Vaccine operations Central Provinces 1868-1885 - 1868-1885
Year: 1868
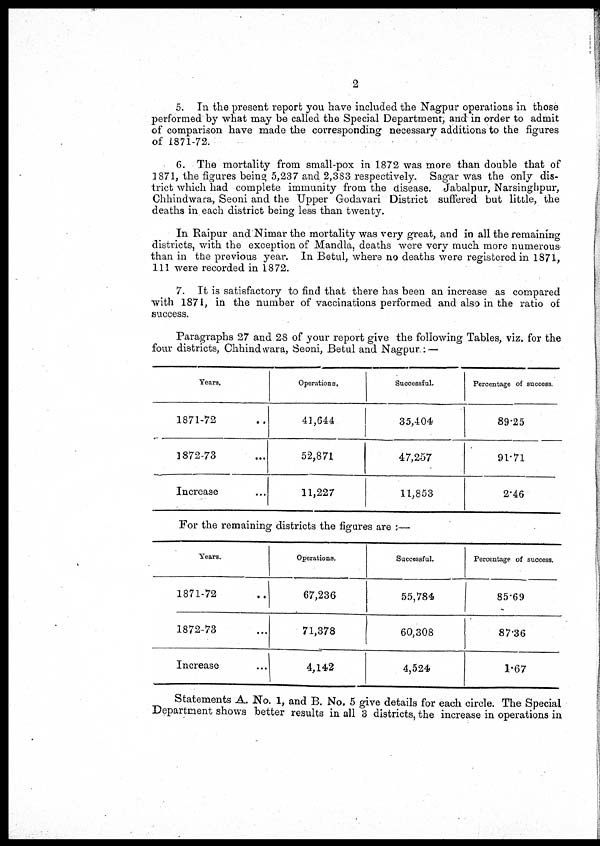
2
5. In the present report you have included the Nagpur operations in those
performed by what may be called the Special Department, and in order to admit
of comparison have made the corresponding necessary additions to the figures
of 1871-72.
6. The mortality from small-pox in 1872 was more than double that of
1871, the figures being 5,237 and 2,383 respectively. Sagar was the only dis-
trict which had complete immunity from the disease. Jabalpur, Narsinghpur,
Chhindwara, Seoni and the Upper Godavari District suffered but little, the
deaths in each district being less than twenty.
In Raipur and Nimar the mortality was very great, and in all the remaining
districts, with the exception of Mandla, deaths were very much more numerous
than in the previous year. In Betul, where no deaths were registered in 1871,
111 were recorded in 1872.
7. It is satisfactory to find that there has been an increase as compared
with 1871, in the number of vaccinations performed and also in the ratio of
success.
Paragraphs 27 and 28 of your report give the following Tables, viz. for the
four districts, Chhindwara, Seoni, Betul and Nagpur.: —
Years.
1871-72
1872-73
Increase
Operations,
41,644
52,871
11,227
Successful.
35,404
47,257
11,853
Percentage of success.
89.25
91.71
2.46
For the remaining districts the figures are :—
Years.
1871-72 ...
1872-73 ...
Increase ...
Operations.
67,236
71,378
4,142
Successful.
55,784
60,308
4,524
Percentage of success.
85.69
87.36
1.67
Statements A. No. 1, and B. No. 5 give details for each circle. The Special
Department shows better results in all 3 districts, the increase in operations in